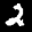
Label: 2